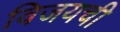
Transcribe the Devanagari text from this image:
विजयची